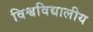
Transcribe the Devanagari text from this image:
विश्वविद्यालीय